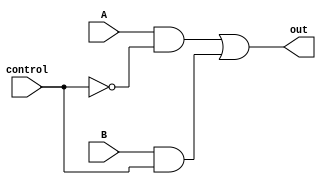
// output is A (when control == 0) or B (when control == 1)
module mux2(out, A, B, control);

    parameter
        width = 1;
        
    output out;
    input  A, B;
    input  control;
    wire   wA, wB, not_control;

    not n1(not_control, control);
    and a1(wA, A, not_control);
    and a2(wB, B, control);
    or  o1(out, wA, wB);
endmodule // mux2

// output is A (when control == 00) or B (when control == 01) or
//           C (when control == 10) or D (when control == 11)
module mux4(out, A, B, C, D, control);
    output      out;
    input       A, B, C, D;
    input [1:0] control;
    wire w1, w2;

    mux2 mux2_1(w1, A, B, control[0]);
    mux2 mux2_2(w2, C, D, control[0]);
    mux2 mux2_final(out, w1, w2, control[1]);

endmodule // mux4